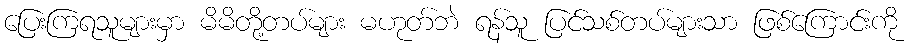
ပြေးကြရသူများမှာ မိမိတို့တပ်များ မဟုတ်ဘဲ ရန်သူ ပြင်သစ်တပ်များသာ ဖြစ်ကြောင်းကို